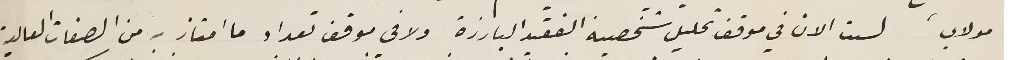
مولاي، لست الان في موقف تحليل شخصية الفقيد البارزة ولا في موقف تعداد ما امتاز به من الصفات العالية